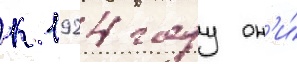
к 1924 году он'и́